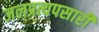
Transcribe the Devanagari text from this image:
जलप्रत्यपसारी